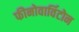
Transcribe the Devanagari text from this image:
फीनोवार्विटोन